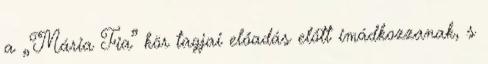
a „Mária Fia” kör tagjai előadás előtt imádkozzanak, s